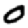
Digit: 0